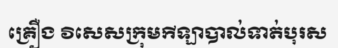
គ្រឿង វិសេសក្រុមកីឡាបាល់ទាត់បុរស